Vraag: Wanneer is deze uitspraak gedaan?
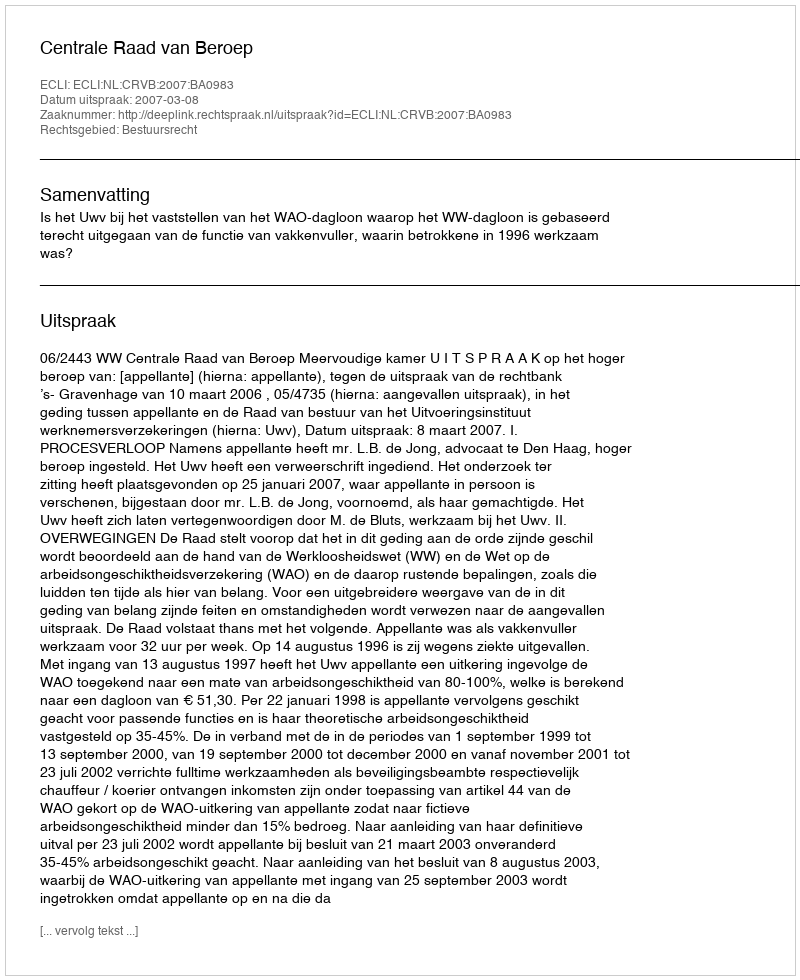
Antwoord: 2007-03-08